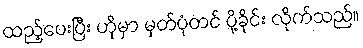
ထည့်ပေးပြီး ဟိုမှာ မှတ်ပုံတင် ပို့ခိုင်း လိုက်သည်။